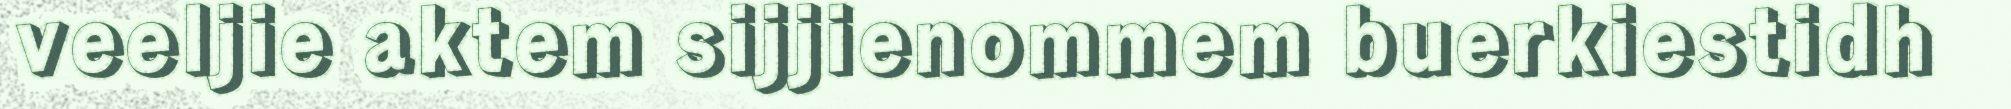
veeljie aktem sijjienommem buerkiestidh